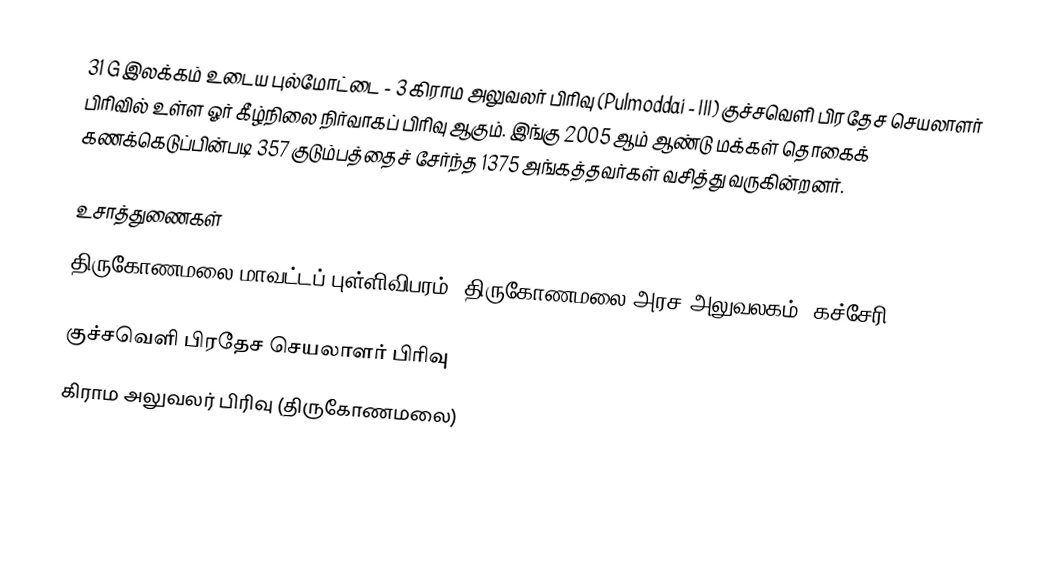
31 G இலக்கம்  உடைய புல்மோட்டை - 3 கிராம அலுவலர் பிரிவு (Pulmoddai - III) குச்சவெளி பிரதேச செயலாளர் பிரிவில் உள்ள ஓர் கீழ்நிலை நிர்வாகப் பிரிவு ஆகும். இங்கு 2005 ஆம் ஆண்டு மக்கள் தொகைக் கணக்கெடுப்பின்படி 357 குடும்பத்தைச் சேர்ந்த 1375 அங்கத்தவர்கள் வசித்து வருகின்றனர்.

உசாத்துணைகள்
திருகோணமலை மாவட்டப் புள்ளிவிபரம்,  திருகோணமலை அரச அலுவலகம் (கச்சேரி) 2006.

குச்சவெளி பிரதேச செயலாளர் பிரிவு
கிராம அலுவலர் பிரிவு (திருகோணமலை)